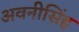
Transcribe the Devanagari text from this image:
अवनीसिंह